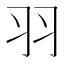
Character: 羽